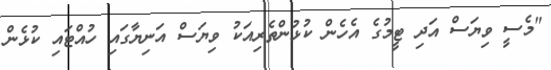
"މެސީ ވިޔަސް އަދި ޓީމުގެ އެހެން ކުޅުންތެރިއަކު ވިޔަސް އަނިޔާގައި ހުއްޓައި ކުޅެން